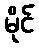
မိုင်